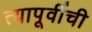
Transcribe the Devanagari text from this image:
त्यापूर्वीची